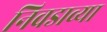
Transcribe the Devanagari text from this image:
निवडाव्या